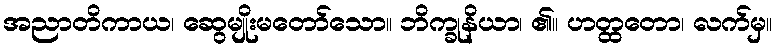
အညာတိကာယ၊ ဆွေမျိုးမတော်သော။ ဘိက္ခုနိယာ၊ ၏။ ဟတ္ထတော၊ လက်မှ။